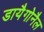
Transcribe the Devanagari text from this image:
डायैगोनैल